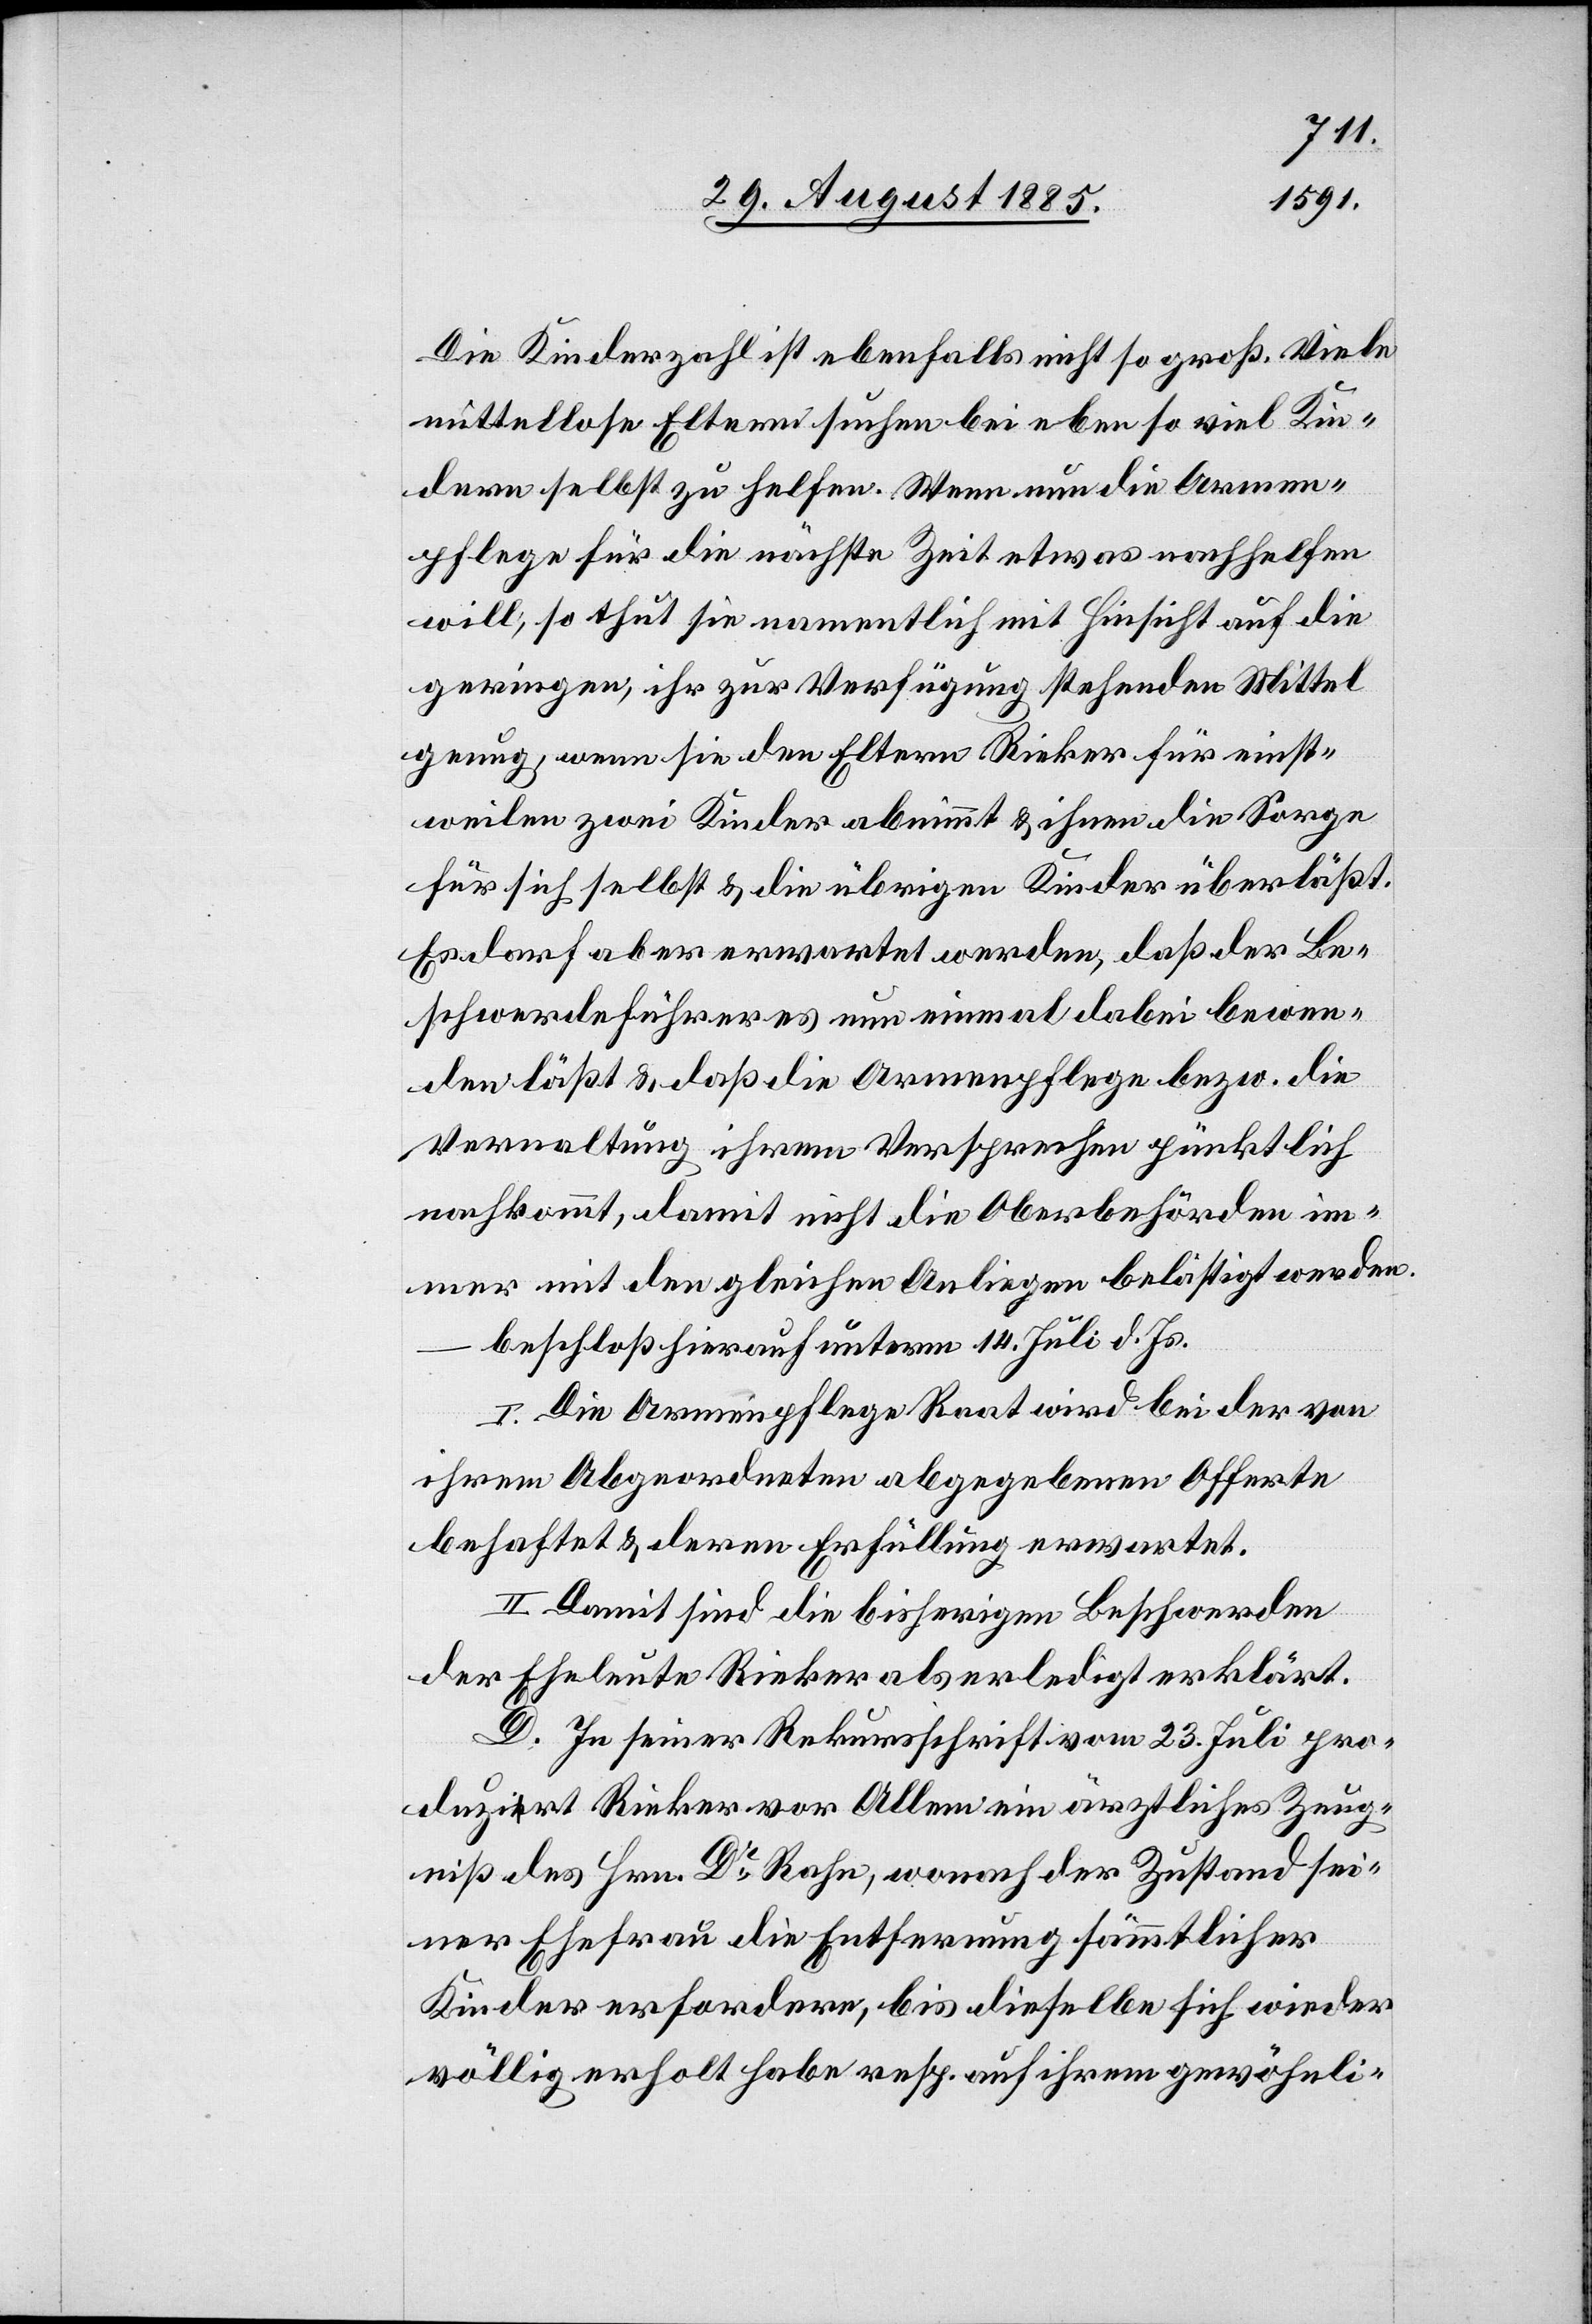
Die Kinderzahl ist ebenfalls nicht so groß. Viele
mittellose Eltern suchen bei eben so viel Kin¬
dern selbst zu helfen. Wenn nun die Armen¬
pflege für die nächste Zeit etwas nachhelfen
will, so thut sie namentlich mit Hinsicht auf die
geringen, ihr zur Verfügung stehenden Mittel
genug, wenn sie den Eltern Rieker für einst¬
weilen zwei Kinder abnimmt & ihnen die Sorge
für sich selbst & die übrigen Kinder überläßt.
Es darf aber erwartet werden, daß der Be¬
schwerdeführer es nun einmal dabei bewen¬
den läßt & daß die Armenpflege bezw. die
Verwaltung ihrem Versprechen pünktlich
nachkommt, damit nicht die Oberbehörden im¬
mer mit den gleichen Anliegen belästigt werden.
beschloß hierauf unterm 14. Juli d. Js.
I. Die Armenpflege Raat wird bei der von
ihrem Abgeordneten abgegebenen Offerte
behaftet & deren Erfüllung erwartet.
II. Damit sind die bisherigen Beschwerden
der Eheleute Rieker als erledigt erklärt.
D. In seiner Rekursschrift vom 23. Juli pro¬
duzia-e-art Rieker vor Allem ein ärztliches Zeug¬
niß des Hrn. Dr Rahn, wonach der Zustand sei¬
ner Ehefrau die Entfernung sämmtlicher
Kinder erfordere, bis dieselbe sich wieder
völlig erholt habe resp. auf ihrem gewöhnli-